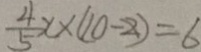
\frac { 4 } { 5 } x \times ( 1 0 - 2 ) = 6